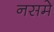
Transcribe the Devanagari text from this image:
नसमे